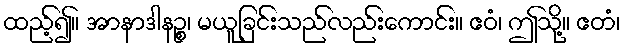
ထည့်၍။ အာနာဒါနဉ္စ၊ မယူခြင်းသည်လည်းကောင်း။ ဧဝံ၊ ဤသို့။ ဧတံ၊